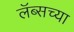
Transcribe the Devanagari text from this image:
लॅब्सच्या